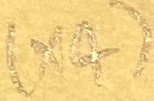
Text: (×4)